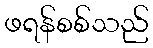
ဖရန်စစ်သည်